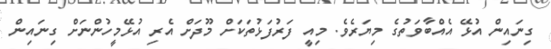
ގިނައިން އުޅޭ އެއްބާވަތުގެ މިޔަރެވެ. މިއީ ފަރުފަޅުތަކަށް މޫދަށް އެރި އުޅޭމީހުންނަށް ގިނައިން